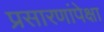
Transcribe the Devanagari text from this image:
प्रसारणांपेक्षा